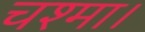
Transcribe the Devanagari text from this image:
चश्मा।